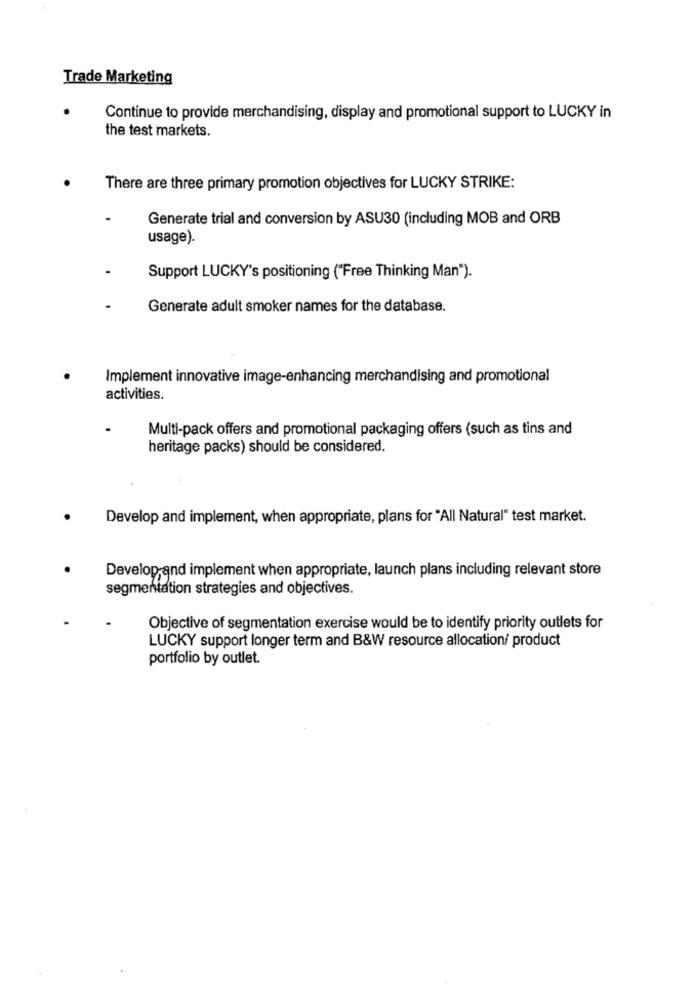
Trade Marketing
Continue to provide merchandising, display and promotional support to LUCKY in
the test markets.
There are three primary promotion objectives for LUCKY STRIKE:
Generate trial and conversion by ASU30 (including MOB and ORB
usage).
Support LUCKY's positioning ("Free Thinking Man").
Generate adult smoker names for the database.
Implement innovative image-enhancing merchandising and promotional
activities.
Multi-pack offers and promotional packaging offers (such as tins and
heritage packs) should be considered.
Develop and implement, when appropriate, plans for "All Natural" test market.
Develop and implement when appropriate, launch plans including relevant store
segmentation strategies and objectives.
Objective of segmentation exercise would be to identify priority outlets for
LUCKY support longer term and B&W resource allocation/ product
portfolio by outlet.